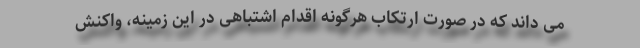
می داند که در صورت ارتکاب هرگونه اقدام اشتباهی در این زمینه، واکنش